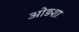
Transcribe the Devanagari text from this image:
ओड़शा